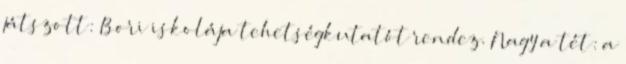
játszott: Bori iskolája tehetségkutatót rendez. Nagy a tét: a